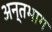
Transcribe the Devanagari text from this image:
अन्तभाग